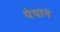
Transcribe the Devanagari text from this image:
पंथानं